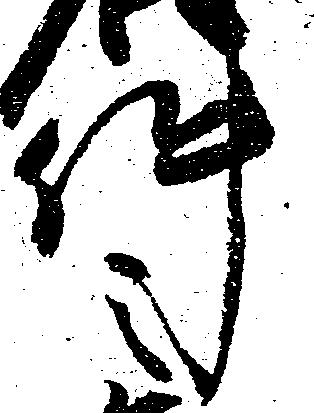
件